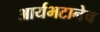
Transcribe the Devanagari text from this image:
आर्यभटानेच